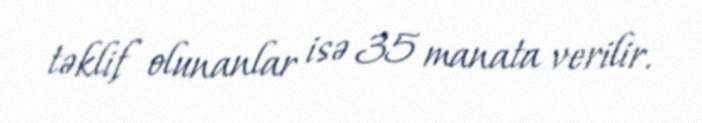
təklif olunanlar isə 35 manata verilir.